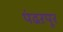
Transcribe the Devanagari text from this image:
पंढऱपूर